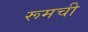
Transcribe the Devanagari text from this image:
रूमची